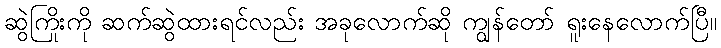
ဆွဲကြိုးကို ဆက်ဆွဲထားရင်လည်း အခုလောက်ဆို ကျွန်တော် ရူးနေလောက်ပြီ။